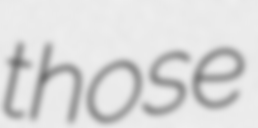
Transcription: those